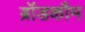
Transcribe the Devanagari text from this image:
ब्रॉडकौम